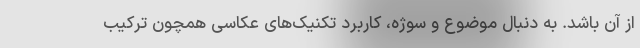
از آن باشد. به دنبال موضوع و سوژه، کاربرد تکنیک‌های عکاسی همچون ترکیب